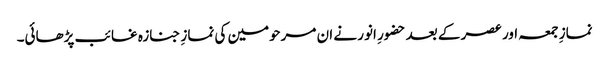
نمازِ جمعہ اور عصر کے بعد حضورِ انور نے ان مرحومین کی نمازِ جنازہ غائب پڑھائی۔